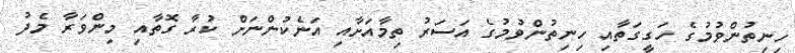
ހިނިތުންވުމުގެ ހަގީގަތާއި ހިނިތުންވުމުގެ އަސަރު ތިމާއަށާއި އަނެކުންނަށް ކުރާ ގޮތާއި މިންވަރާ މެދު